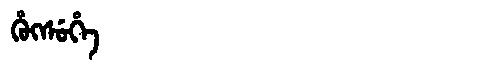
Manchu: ᡥᡠᡴᠰᡠᡥᡝ
Romanization: HUKSUHE